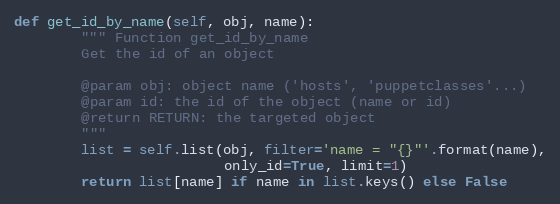
Language: Python
def get_id_by_name(self, obj, name):
        """ Function get_id_by_name
        Get the id of an object

        @param obj: object name ('hosts', 'puppetclasses'...)
        @param id: the id of the object (name or id)
        @return RETURN: the targeted object
        """
        list = self.list(obj, filter='name = "{}"'.format(name),
                         only_id=True, limit=1)
        return list[name] if name in list.keys() else False